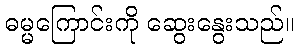
ဓမ္မကြောင်းကို ဆွေးနွေးသည်။